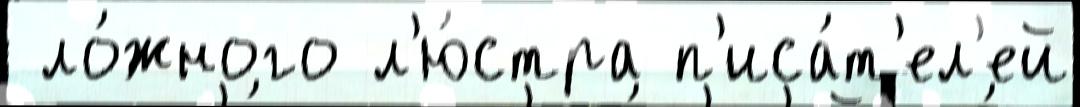
 ло́жного л'ю́стра п'иса́т'ел'ей